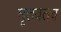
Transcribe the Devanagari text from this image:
मृतवतच